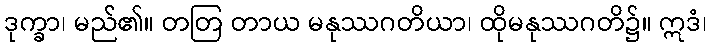
ဒုက္ခာ၊ မည်၏။ တတြ တာယ မနုဿဂတိယာ၊ ထိုမနုဿဂတိ၌။ ဣဒံ၊